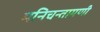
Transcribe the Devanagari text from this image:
मनिचन्तामणी